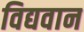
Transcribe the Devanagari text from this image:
विद्यवान